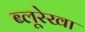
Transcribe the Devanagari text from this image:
ब्लूरेखा